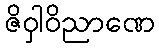
ဇိဝှါဝိညာဏေ